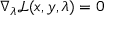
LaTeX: \nabla _ { \lambda } { \mathcal { L } } ( x , y , \lambda ) = 0